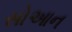
સોઆન